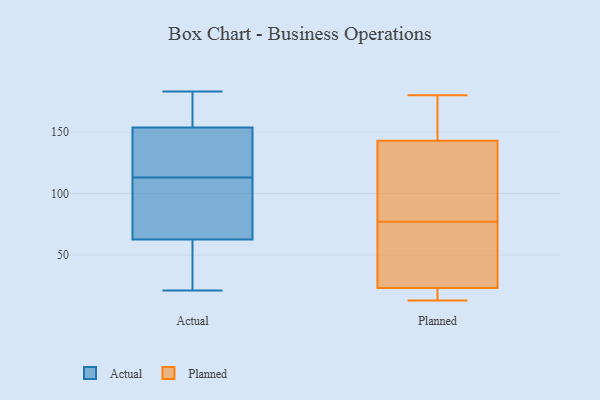
{"axis": {"x": "Active Users", "y": "Value"}, "legend": ["Actual", "Planned"], "data": [{"x": "", "y": 111, "type": "Actual"}, {"x": "", "y": 162, "type": "Actual"}, {"x": "", "y": 113, "type": "Actual"}, {"x": "", "y": 138, "type": "Actual"}, {"x": "", "y": 52, "type": "Actual"}, {"x": "", "y": 149, "type": "Actual"}, {"x": "", "y": 183, "type": "Actual"}, {"x": "", "y": 44, "type": "Actual"}, {"x": "", "y": 153, "type": "Actual"}, {"x": "", "y": 66, "type": "Actual"}, {"x": "", "y": 130, "type": "Actual"}, {"x": "", "y": 156, "type": "Actual"}, {"x": "", "y": 102, "type": "Actual"}, {"x": "", "y": 75, "type": "Actual"}, {"x": "", "y": 21, "type": "Actual"}, {"x": "", "y": 34, "type": "Actual"}, {"x": "", "y": 183, "type": "Actual"}, {"x": "", "y": 143, "type": "Planned"}, {"x": "", "y": 67, "type": "Planned"}, {"x": "", "y": 164, "type": "Planned"}, {"x": "", "y": 40, "type": "Planned"}, {"x": "", "y": 139, "type": "Planned"}, {"x": "", "y": 20, "type": "Planned"}, {"x": "", "y": 23, "type": "Planned"}, {"x": "", "y": 80, "type": "Planned"}, {"x": "", "y": 23, "type": "Planned"}, {"x": "", "y": 13, "type": "Planned"}, {"x": "", "y": 87, "type": "Planned"}, {"x": "", "y": 157, "type": "Planned"}, {"x": "", "y": 177, "type": "Planned"}, {"x": "", "y": 180, "type": "Planned"}, {"x": "", "y": 132, "type": "Planned"}, {"x": "", "y": 18, "type": "Planned"}, {"x": "", "y": 34, "type": "Planned"}, {"x": "", "y": 74, "type": "Planned"}]}